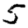
Digit: 5